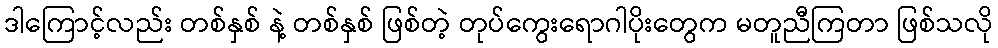
ဒါကြောင့်လည်း တစ်နှစ် နဲ့ တစ်နှစ် ဖြစ်တဲ့ တုပ်ကွေးရောဂါပိုးတွေက မတူညီကြတာ ဖြစ်သလို